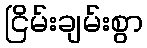
ငြိမ်းချမ်းစွာ